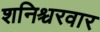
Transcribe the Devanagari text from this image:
शनिश्चरवार